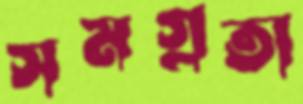
সমগ্রতা